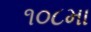
૧૦૮મા